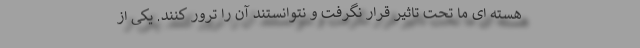
هسته ای ما تحت تاثیر قرار نگرفت و نتوانستند آن را ترور کنند. یکی از